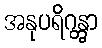
အနုပရိဂန္တွာ